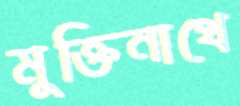
মুক্তিনাথে